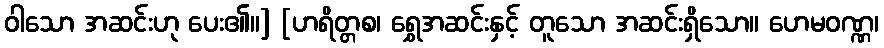
ဝါသော အဆင်းဟု ပေး၏။] [ဟရိတ္တစ၊ ရွှေအဆင်းနှင့် တူသော အဆင်းရှိသော။ ဟေမဝဏ္ဏ၊